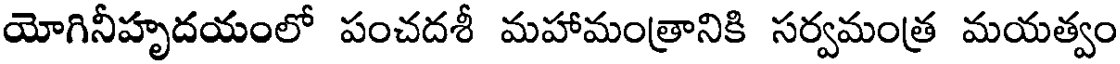
యోగినీహృదయంలో పంచదశీ మహామంత్రానికి సర్వమంత్ర మయత్వం